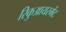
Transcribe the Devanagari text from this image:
रिकुआयरमेंट